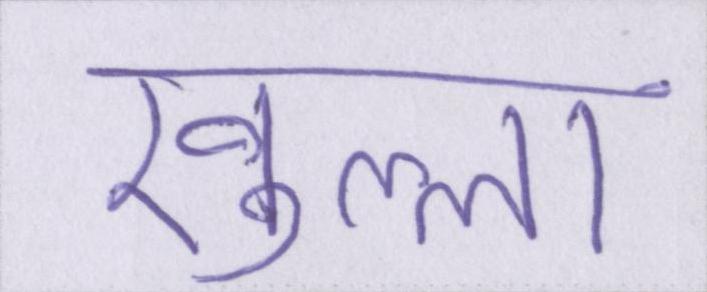
खुल्ला